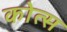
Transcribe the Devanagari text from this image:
कोत्स